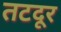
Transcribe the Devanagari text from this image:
तटदूर